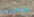
ضخمة